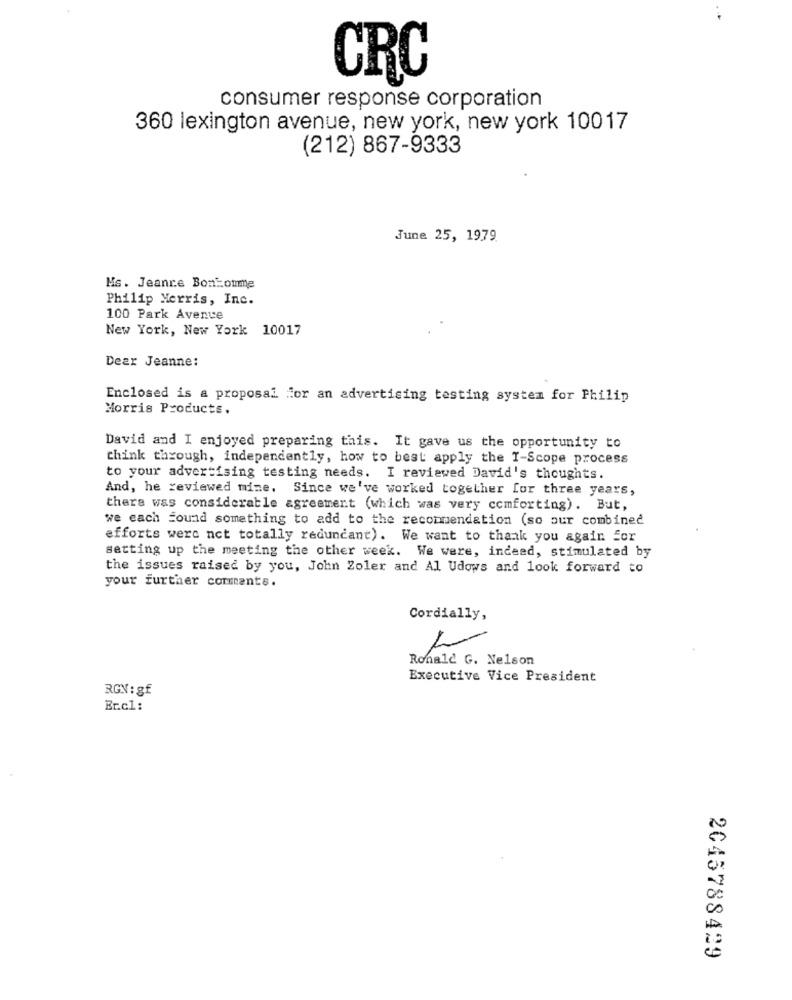
CRC
consumer response corporation
360 lexington avenue, new york, new york 10017
(212) 867-9333
June 25, 1979.
Ms. Jeanre Bontomme
Philip Morris, Inc.
100 Park Avenue
New York, New York 10017
Dear Jeanne:
Enclosed is a proposal for an advertising testing system for Philip
Morris Products.
David and I enjoyed preparing this. It gave us the opportunity to
think through, independently, how to best apply the I-Scope process
to your advertising testing needs. I reviewed David's thoughts.
And, he reviewed mine. Since we've worked together for three years,
there was considerable agreement (which was very comforting). But,
we cach Found something to add to the recommendation (so our combined
efforts were not totally redundant). We want to thank you again for
setting up the meeting the other week. We were, indeed, stimulated by
the issues raised by you, John Zoler and Al Udows and look forward to
your further comments.
Cordially,
Ronald G. Nelson
Executive Vice President
RGN: gf
Er.cl:
2045788429